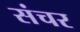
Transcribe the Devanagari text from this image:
संचर